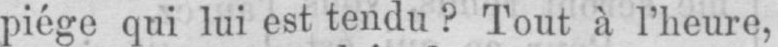
piège qui lui est tendu? Tout à l’heure,